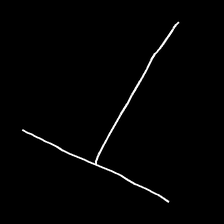
Glyph: column